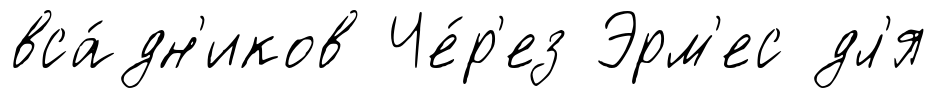
вса́дн'иков Че́р'ез Эрм'ес дл'я